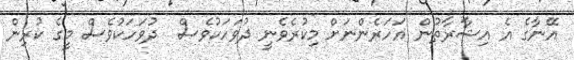
އޭނާގެ އެ އިޝާރާތުން އަހަރެންނަށް މިކުރެވެނީ ދުވަހަކުވެސް  ދުވަހަކުވެސް މީގެ ކުރިން